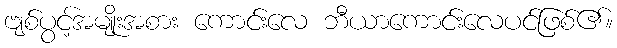
ဗျစ်ပွင့်အမျိုးအစား ကောင်းလေ ဘီယာကောင်းလေပင်ဖြစ်၏။